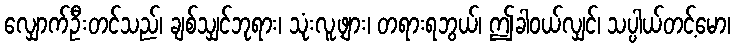
လျှောက်ဦးတင်သည်၊ ချစ်သျှင်ဘုရား၊ သုံးလူ့ဖျား၊ တရားရဘွယ်၊ ဤခါဝယ်လျှင်၊ သပ္ပါယ်တင့်မော၊